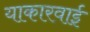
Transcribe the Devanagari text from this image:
याकारवाई